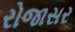
રોજાસર